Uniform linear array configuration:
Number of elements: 24
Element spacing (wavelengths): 0.25
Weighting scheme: blackman
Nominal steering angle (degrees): -30
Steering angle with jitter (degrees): -30.982
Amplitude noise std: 0.05
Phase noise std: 0.05

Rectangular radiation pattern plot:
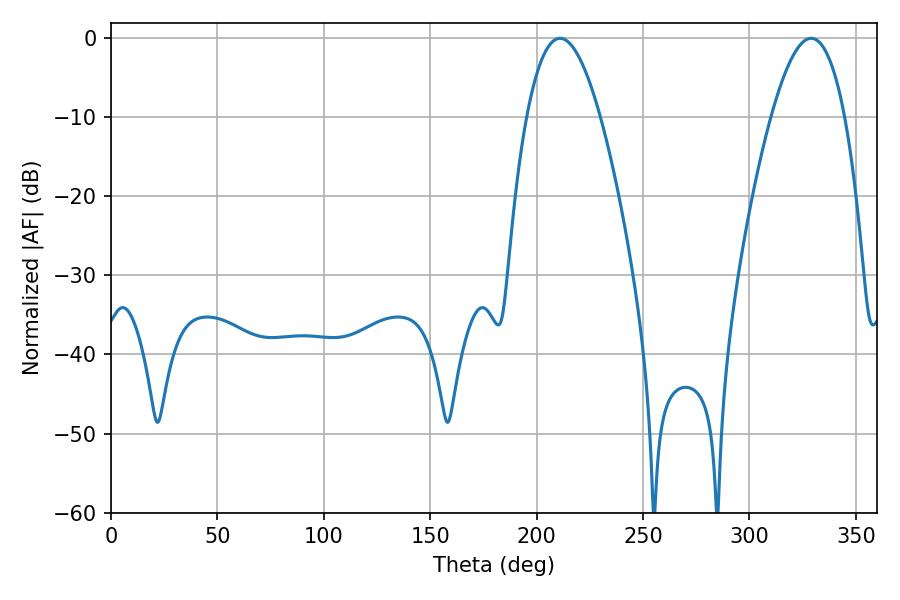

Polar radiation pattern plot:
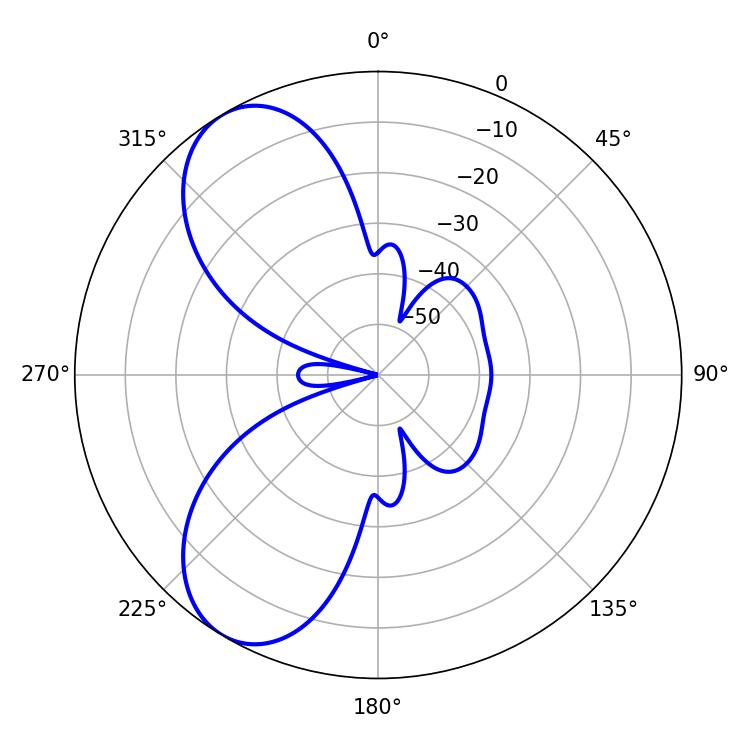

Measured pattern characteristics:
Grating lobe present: FALSE
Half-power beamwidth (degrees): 19.08
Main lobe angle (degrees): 210.96